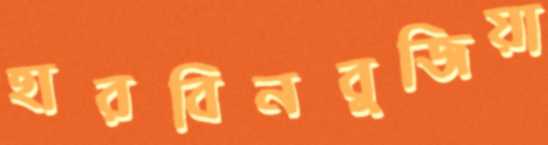
হারবিনবুজিয়া